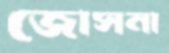
জোসনা